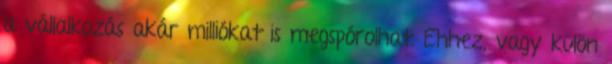
a vállalkozás akár milliókat is megspórolhat. Ehhez, vagy külön